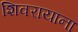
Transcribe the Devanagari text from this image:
शिवरायाना